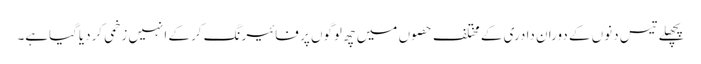
پچھلے تیس دنوں کے دوران دادری کے مختلف حصوں میں چھ لوگوں پر فائیرنگ کرکے انہیں زخمی کردیاگیاہے۔